Civil Veterinary Department. Madras. Admin. report 1910-25 - 1910-1925
Year: 1910
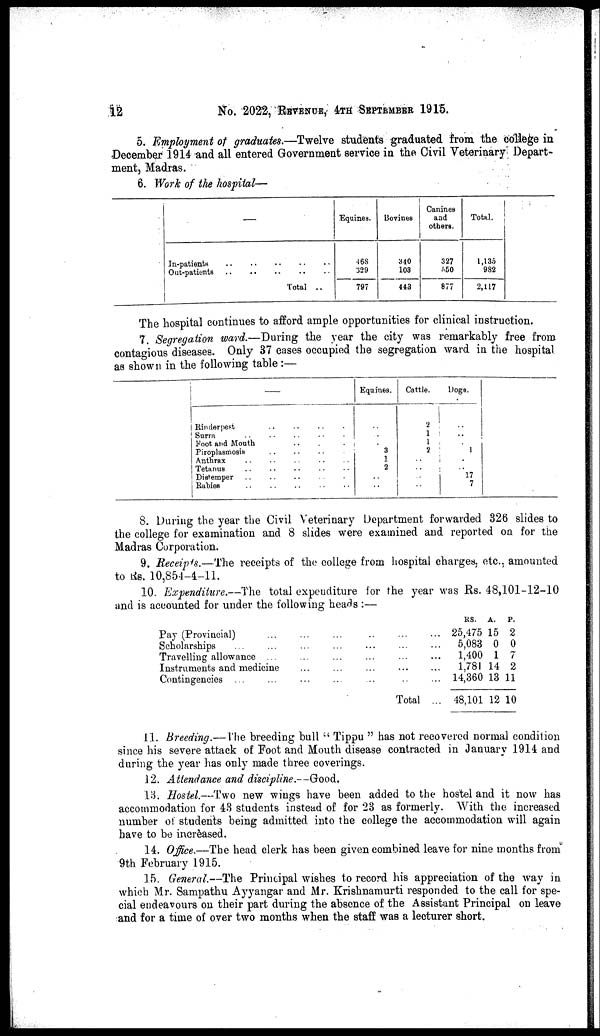
12
No. 2022, REVENUE, 4TH SEPTEMBER 1915.
5. Employment of graduates.—Twelve students graduated from the college in
December 1914 and all entered Government service in the Civil Veterinary Depart-
ment, Madras.
6. Work of the hospital—
In-patients .. .. .. .. ..
Out-patients .. .. .. .. ..
Total ..
Equines.
468
329
797
Bovines
340
103
443
Canines
and
others.
327
550
877
Total.
1,135
982
2,117
The hospital continues to afford ample opportunities for clinical instruction.
7. Segregation ward.—During the year the city was remarkably free from
contagious diseases. Only 37 cases occupied the segregation ward in the hospital
as shown in the following table:—
—
Rinderpest .. .. .. .
Surra .. .. .. .. .
Foot and Mouth .. . .
Piroplasmosis .. .. ..
Anthrax .. .. .. .. ..
Tetanus .. .. .. .. ..
Distemper .. .. .. . .
Rubies .. .. .. .. ..
Equines.
..
..
..
3
1
2
..
..
Cattle.
2
1
1
2
..
..
..
..
Dogs.
..
..
..
1
..
..
17
7
8. During the year the Civil Veterinary Department forwarded 326 slides to
the college for examination and 8 slides were examined and reported on for the
Madras Corporation.
9. Receipts.—The receipts of the college from hospital charges, etc., amounted
to Rs. 10,854- 4-11.
10. Expenditure.—The total expenditure for the year was Rs. 48,101-12-10
and is accounted for under the following heads :—
Pay (Provincial) ... ... ... ... ... ...
Scholarships ... ... ... ... ... ... ...
Travelling allowance ... ... ... ... ... ...
Instruments and medicine ... ... ... ... ...
Contingencies ... ... ... ... ... ... ...
Total ...
RS.
25,475
5,083
1,400
1,781
14,360
48,101
A.
15
0
1
14
13
12
P.
2
0
7
2
11
10
11. Breeding.—The breeding bull " Tippu " has not recovered normal condition
since his severe attack of Foot and Mouth disease contracted in January 1914 and
during the year has only made three coverings.
12. Attendance and discipline.—Good.
13. Hostel.—Two new wings have been added to the hostel and it now has
accommodation for 43 students instead of for 23 as formerly. With the increased
number of students being admitted into the college the accommodation will again
have to be increased.
14. Office.—The head clerk has been given combined leave for nine months from
9th February 1915.
15. General.—The Principal wishes to record his appreciation of the way in
which Mr. Sampathu Ayyangar and Mr. Krishnamurti responded to the call for spe-
cial endeavours on their part during the absence of the Assistant Principal on leave
and for a time of over two months when the staff was a lecturer short.